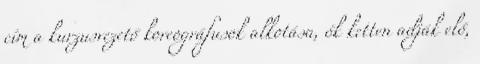
cím a kurzusvezető koreográfusok alkotása, ők ketten adják elő,